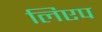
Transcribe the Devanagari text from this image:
लिएप